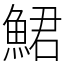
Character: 鮶